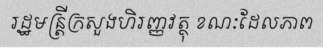
រដ្ឋមន្ត្រីក្រសួងហិរញ្ញវត្ថុ ខណៈដែលភាព